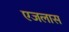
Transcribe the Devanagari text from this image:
एजलास